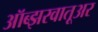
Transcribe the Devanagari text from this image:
ऑब्झरवातूअर